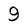
Character: 9